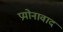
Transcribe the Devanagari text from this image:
प्रयोनावाद